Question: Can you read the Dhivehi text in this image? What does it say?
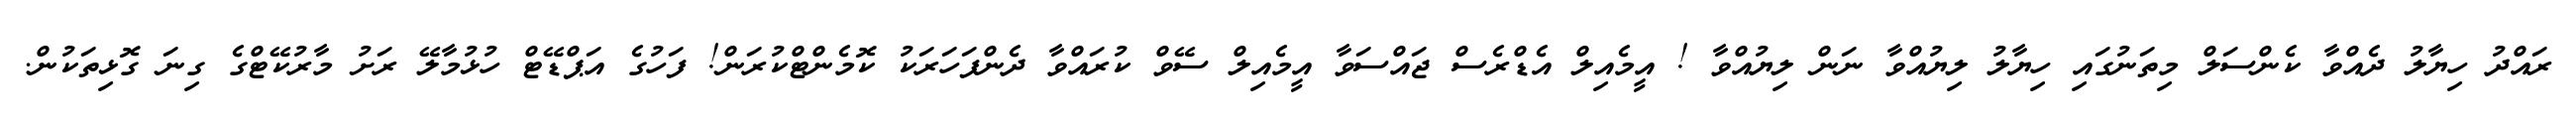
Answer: ރައްދު ހިޔާލު ދެއްވާ ކެންސަލް މިތަނުގައި ހިޔާލު ލިޔުއްވާ ނަން ލިޔުއްވާ ! އީމެއިލް އެޑްރެސް ޖައްސަވާ އީމެއިލް ސޭވް ކުރައްވާ ދެންފަހަރަކު ކޮމެންޓްކުރަން! ފަހުގެ އަޕްޑޭޓް ހުޅުމާލޭ ރަށު މާރުކޭޓްގެ ގިނަ ގޮޅިތަކުން.